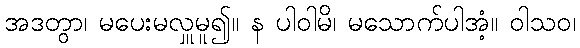
အဒတွာ၊ မပေးမလှူမူ၍။ န ပါဝါမိ၊ မသောက်ပါအံ့။ ဝါသဝ၊